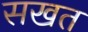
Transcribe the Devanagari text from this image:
सखत